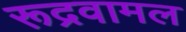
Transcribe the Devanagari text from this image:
रूद्रवामल